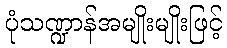
ပုံသဏ္ဍာန်အမျိုးမျိုးဖြင့်